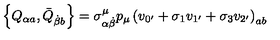
\left\{ Q _ { \alpha a } , \bar { Q } _ { \dot { \beta } b } \right\} = \sigma _ { \alpha \dot { \beta } } ^ { \mu } p _ { \mu } \left( v _ { 0 ^ { \prime } } + \sigma _ { 1 } v _ { 1 ^ { \prime } } + \sigma _ { 3 } v _ { 2 ^ { \prime } } \right) _ { a b }